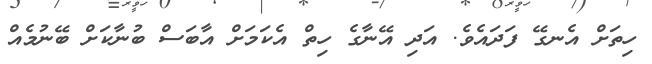
ހިތަށް އެނގޭ ފަދައެވެ. އަދި އޭނާގެ ހިތް އެކަމަށް އާބަސް ބުނާކަށް ބޭނުމެއް